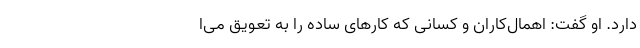
دارد. او گفت: اهمال‌کاران و کسانی که کارهای ساده را به تعویق می‌ا